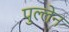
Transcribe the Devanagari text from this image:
पुल्लेन